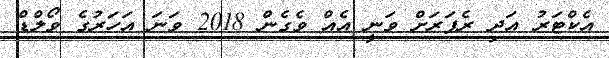
އެކްޓަރު އަދި ރެޕަރަށް ވަނީ އެއް ވެގެން 2018 ވަނަ އަހަރުގެ ވޯލްޑް